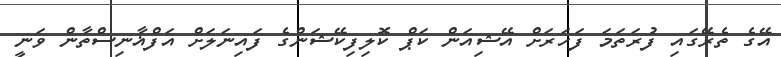
އޭގެ ތެރޭގައި ފުރަތަމަ ފަހަރަށް އޭޝިއަން ކަޕް ކޮލިފިކޭޝަންގެ ފައިނަލަށް އަފްޣާނިސްތާން ވަނީ